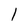
Character: 1